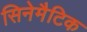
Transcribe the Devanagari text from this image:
सिनेमैटिक